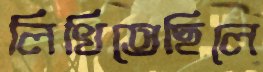
লিখিতেছিলে